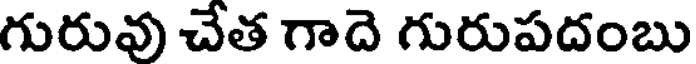
గురువు చేత గాదె గురుపదంబు